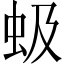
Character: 𫊩